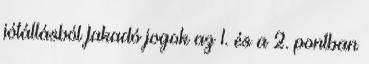
jótállásból fakadó jogok az 1. és a 2. pontban